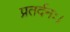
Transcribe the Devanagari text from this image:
प्रतर्दनः।